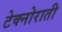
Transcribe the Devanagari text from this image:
टेक्नोराती